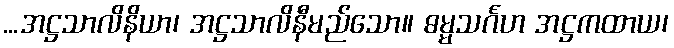
...အဋ္ဌသာလိနိယာ၊ အဋ္ဌသာလိနီမည်သော။ ဓမ္မသင်္ဂဟ အဋ္ဌကထာယ၊